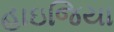
હાઇજિયા